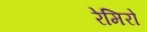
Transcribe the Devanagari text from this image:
रेमिरो